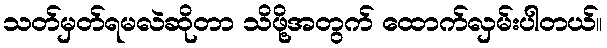
သတ်မှတ်ရမလဲဆိုတာ သိဖို့အတွက် ထောက်လှမ်းပါတယ်။